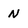
Character: N